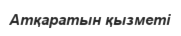
Атқаратын қызметі